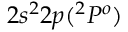
2 s ^ { 2 } 2 p ( ^ { 2 } P ^ { o } )